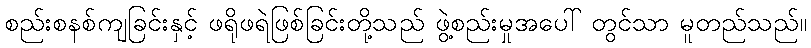
စည်းစနစ်ကျခြင်းနှင့် ဖရိုဖရဲဖြစ်ခြင်းတို့သည် ဖွဲ့စည်းမှုအပေါ် တွင်သာ မူတည်သည်။